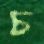
চ